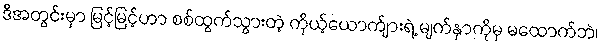
ဒီအတွင်းမှာ မြင့်မြင့်ဟာ စစ်ထွက်သွားတဲ့ ကိုယ့်ယောက်ျားရဲ့ မျက်နှာကိုမှ မထောက်ဘဲ၊